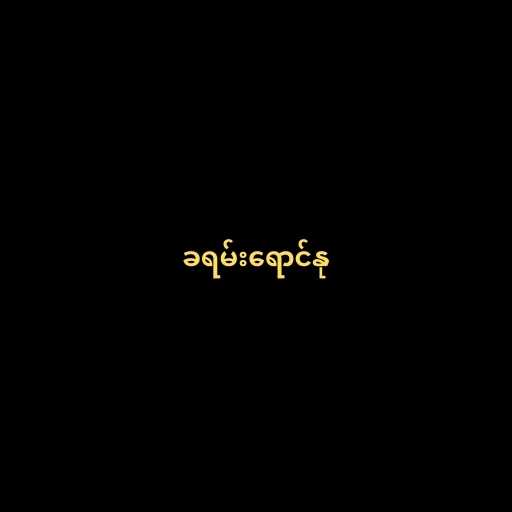
ခရမ်းရောင်နု